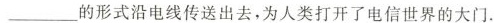
___的形式沿电线传送出去，为人类打开了电信世界的大门.